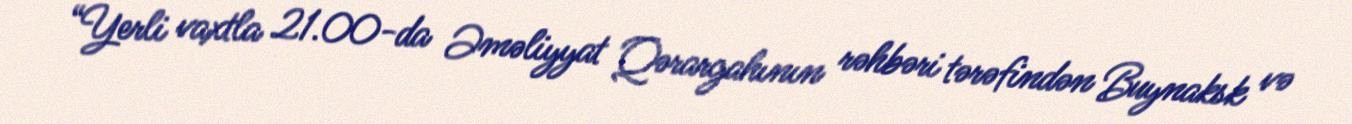
“Yerli vaxtla 21.00-da Əməliyyat Qərargahının rəhbəri tərəfindən Buynaksk və